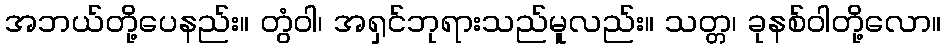
အဘယ်တို့ပေနည်း။ တွံဝါ၊ အရှင်ဘုရားသည်မူလည်း။ သတ္တ၊ ခုနစ်ဝါတို့လော။